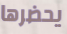
يحضرها